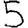
Digit: 5